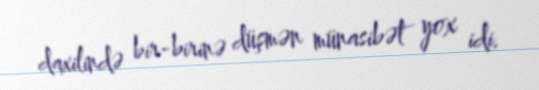
daxilində bir-birinə düşmən münasibət yox idi.